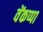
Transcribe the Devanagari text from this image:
वेंकप्पा